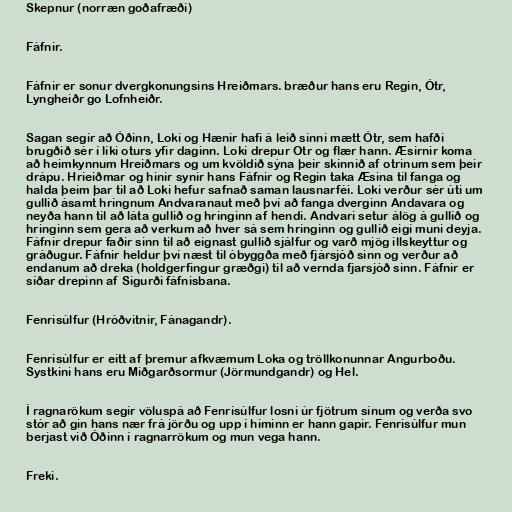
Skepnur (norræn goðafræði)

Fáfnir.

Fáfnir er sonur dvergkonungsins Hreiðmars. bræður hans eru Regin, Ótr,
Lyngheiðr go Lofnheiðr.

Sagan segir að Óðinn, Loki og Hænir hafi á leið sinni mætt Ótr, sem hafði
brugðið sér í líki oturs yfir daginn. Loki drepur Otr og flær hann. Æsirnir koma
að heimkynnum Hreiðmars og um kvöldið sýna þeir skinnið af otrinum sem þeir
drápu. Hrieiðmar og hinir synir hans Fáfnir og Regin taka Æsina til fanga og
halda þeim þar til að Loki hefur safnað saman lausnarféi. Loki verður sér úti um
gullið ásamt hringnum Andvaranaut með því að fanga dverginn Andavara og
neyða hann til að láta gullið og hringinn af hendi. Andvari setur álög á gullið og
hringinn sem gera að verkum að hver sá sem hringinn og gullið eigi muni deyja.
Fáfnir drepur faðir sinn til að eignast gullið sjálfur og varð mjög illskeyttur og
gráðugur. Fáfnir heldur því næst til óbyggða með fjársjóð sinn og verður að
endanum að dreka (holdgerfingur græðgi) til að vernda fjarsjóð sinn. Fáfnir er
síðar drepinn af Sigurði fáfnisbana.

Fenrisúlfur (Hróðvitnir, Fánagandr).

Fenrisúlfur er eitt af þremur afkvæmum Loka og tröllkonunnar Angurboðu.
Systkini hans eru Miðgarðsormur (Jörmundgandr) og Hel.

Í ragnarökum segir völuspá að Fenrisúlfur losni úr fjötrum sínum og verða svo
stór að gin hans nær frá jörðu og upp í himinn er hann gapir. Fenrisúlfur mun
berjast við Óðinn í ragnarrökum og mun vega hann.

Freki.